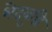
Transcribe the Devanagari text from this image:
भेदबुद्धि